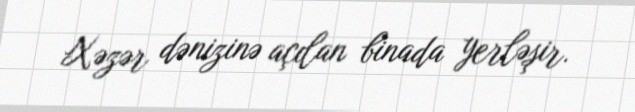
Xəzər dənizinə açılan binada yerləşir.